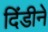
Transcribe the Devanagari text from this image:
दिंडीने